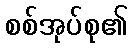
စစ်အုပ်စု၏